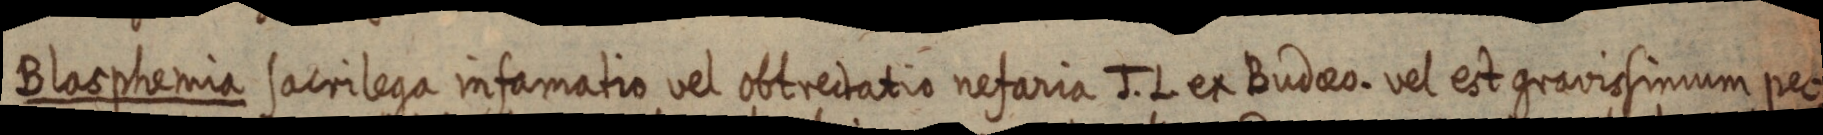
Blasphemi sacrilega infamatio vel obtrectatio nefaria J. L. ex Budaeo. vel est gravissimum pec